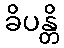
ခိပန္တိ